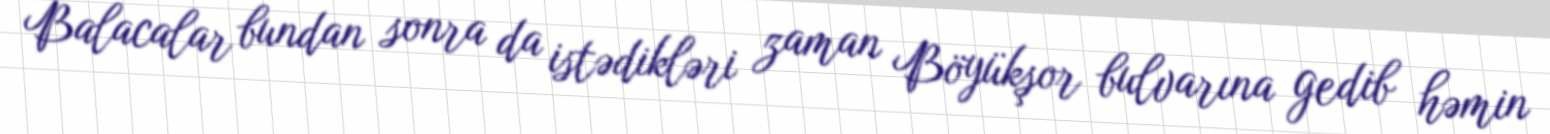
Balacalar bundan sonra da istədikləri zaman Böyükşor bulvarına gedib həmin